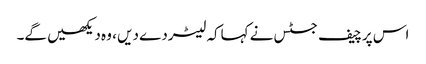
اس پرچیف جسٹس نے کہاکہ لیٹردے دیں ، وہ دیکھیں گے۔